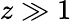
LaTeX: z\gg 1